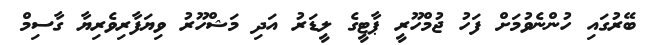
ބޭރުގައި ހުންނެވުމަށް ފަހު ޖުމްހޫޫރީ ޕާޓީގެ ލީޑަރު އަދި މަޝްހޫރު ވިޔަފާރިވެރިޔާ ގާސިމް